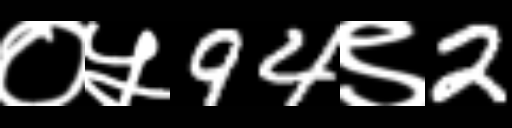
Text: ०५94९2